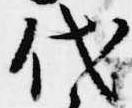
代